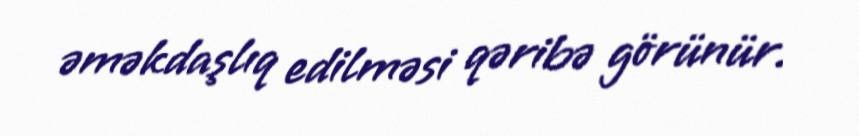
əməkdaşlıq edilməsi qəribə görünür.